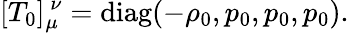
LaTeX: [T_{0}]_{\mu}^{\ \nu}={\mathrm{diag}}(-\rho_{0},p_{0},p_{0},p_{0}).